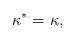
\begin{align*}\kappa^{\ast}=\kappa, \end{align*}